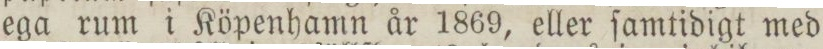
ega rum i Köpenhamn år 1869, eller ſamtidigt med